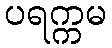
ပရက္ကမ